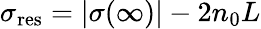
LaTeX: \sigma_{\mathrm{res}}=|\sigma(\infty)|-2n_{0}L